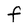
Character: f